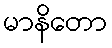
မာနိတော